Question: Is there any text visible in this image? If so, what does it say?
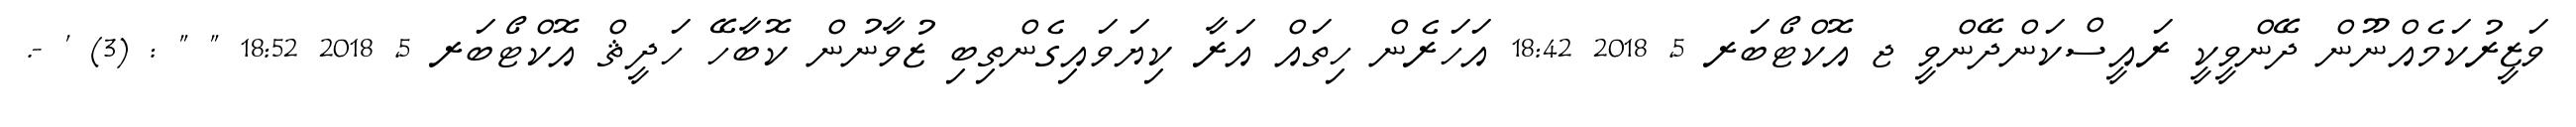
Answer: ވަޒީރުކަމެއްނޫން ދޭންވީކީ ރައީސްކަންދޭންވީ ޖ އޮކްޓޯބަރ 5, 2018 18:42 އަހަރެން ހިތައް އަރާ ކިޔަވައިގެންތިބި ޒުވާނުން ކޮބާހޭ ހަދީޘް އޮކްޓޯބަރ 5, 2018 18:52 " " : (3) ' -.